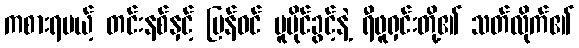
ကစားရမယ့် တင်းနစ်နှင့် ပြန်ဝင် မူပိုင်ခွင့်နဲ့ ရီဖူရှင်းတို့၏ သတ်လိုက်၏